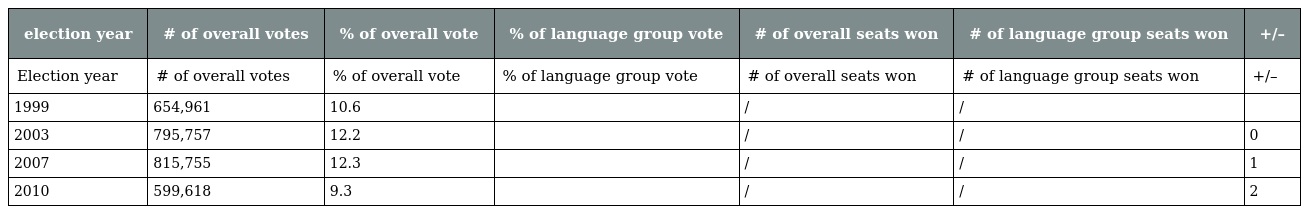
| election year | # of overall votes | % of overall vote | % of language group vote | # of overall seats won | # of language group seats won | +/– |
 | --- | --- | --- | --- | --- | --- | --- |
 | Election year | # of overall votes | % of overall vote | % of language group vote | # of overall seats won | # of language group seats won | +/– |
 | 1999 | 654,961 | 10.6 |  | / | / |  |
 | 2003 | 795,757 | 12.2 |  | / | / | 0 |
 | 2007 | 815,755 | 12.3 |  | / | / | 1 |
 | 2010 | 599,618 | 9.3 |  | / | / | 2 |